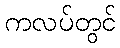
ကလပ်တွင်